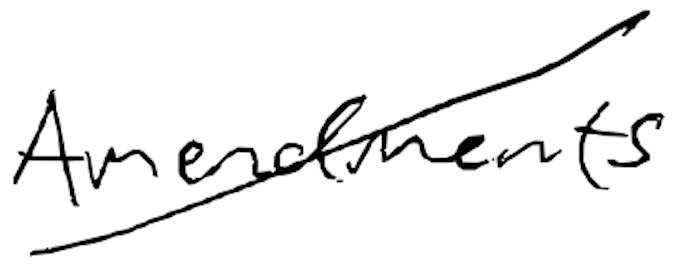
Text: Amendments
Cross-out: diagonal
Writing tool: digital_black